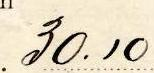
30.10